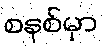
စနစ်မှာ